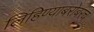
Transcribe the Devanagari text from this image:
लिहिण्याबरोबरच